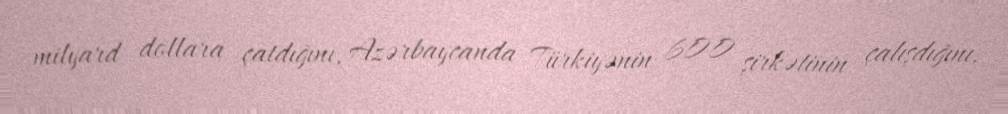
milyard dollara çatdığını, Azərbaycanda Türkiyənin 600 şirkətinin çalışdığını,